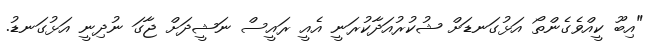
"އިބޫ ކީއްވެގެންތޯ އަޅުގަނޑަށް ޝުކުރުއަދާކުރަނީ އެއީ ރައީސް ނަޝީދަށް ޖާގަ ނުދިނީ އަޅުގަނޑު.